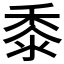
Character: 黍